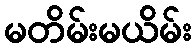
မတိမ်းမယိမ်း